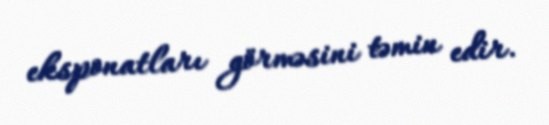
eksponatları görməsini təmin edir.